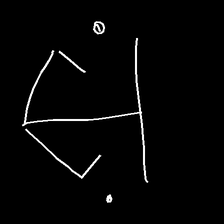
Glyph: earth